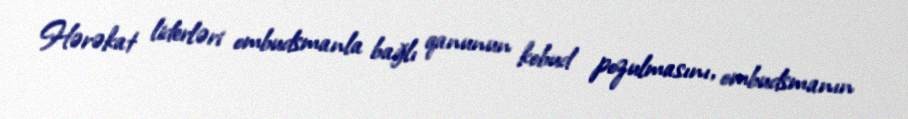
Hərəkat liderləri ombudsmanla bağlı qanunun kobud pozulmasını, ombudsmanın